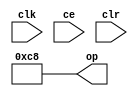
module sysgen_constant_870c02eef2 (
  output [(8 - 1):0] op,
  input clk,
  input ce,
  input clr);
  assign op = 8'b11001000;
endmodule